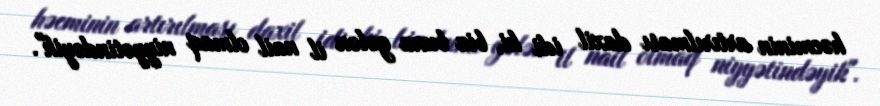
həcminin artırılması daxil idi ki, biz buna gələn il nail olmaq niyyətindəyik".